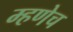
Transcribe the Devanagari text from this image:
म्हणेच